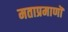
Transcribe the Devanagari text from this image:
मताप्रमाणाॆ